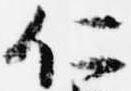
仁